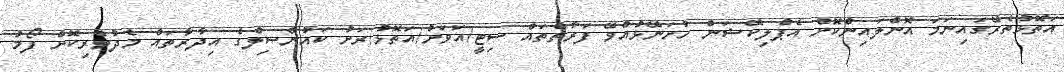
އަތޮޅުތެރޭގައިނަމަ އޮންލައިންކޮށް އެޕްލިކޭޝަން ހުށަނޭޅުއްވޭ ފަރާތްތައް ސިޓީ/އަވަށު/އަތޮޅު/ރަށު ކައުންސިލްގެ އިދާރާތައް މެދުވެރިކޮށް ފޯމު